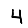
Digit: 4